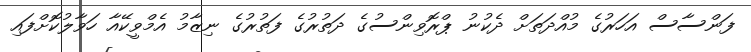
ފަންސާސް އަހަރުގެ މުއްދަތަށް ދެކުނު ޕްރޮވިންސުގެ ދަތުރުގެ ފަތުރުގެ ނިޒާމު އެމްވީކޭއާ ހަވާލުކޮށްފައި